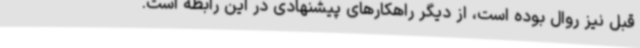
قبل نیز روال بوده است‌، از دیگر راهکارهای پیشنهادی در این رابطه است.